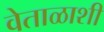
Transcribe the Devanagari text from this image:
वेताळाशी